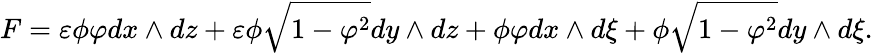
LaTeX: F=\varepsilon\phi\varphi dx\wedge dz+\varepsilon\phi\sqrt{1-\varphi^{2}}dy\wedge dz+\phi\varphi dx\wedge d\xi+\phi\sqrt{1-\varphi^{2}}dy\wedge d\xi.